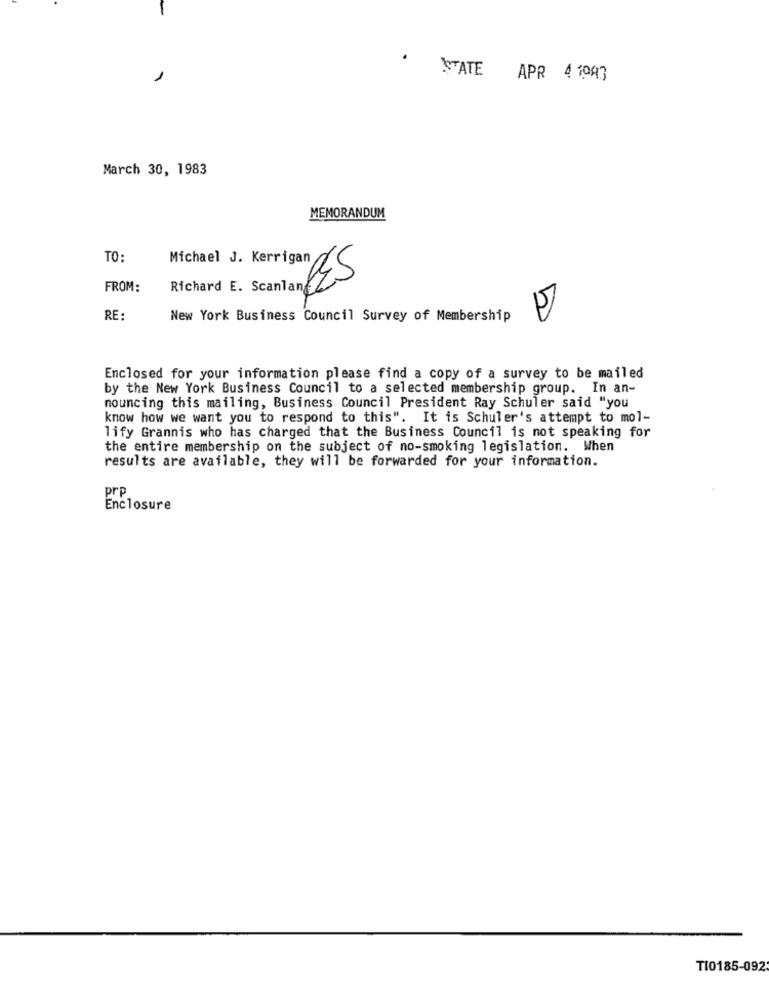
STATE APR 4 1093
March 30, 1983
MEMORANDUM
TO:
Michael J. Kerrigan/
RES
FROM:
RE:
New York Business Council Survey of Membership
sfness
Enclosed for your information please find a copy of a survey to be mailed
by the New York Business Council to a selected membership group. In an-
nouncing this mailing, Business Council President Ray Schuler said "you
know how we want you to respond to this". It is Schuler's attempt to mol-
lify Grannis who has charged that the Business Council is not speaking for
the entire membership on the subject of no-smoking legislation. When
results are available, they will be forwarded for your information.
prp
Enclosure
TI0185-092